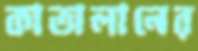
কাতালানের